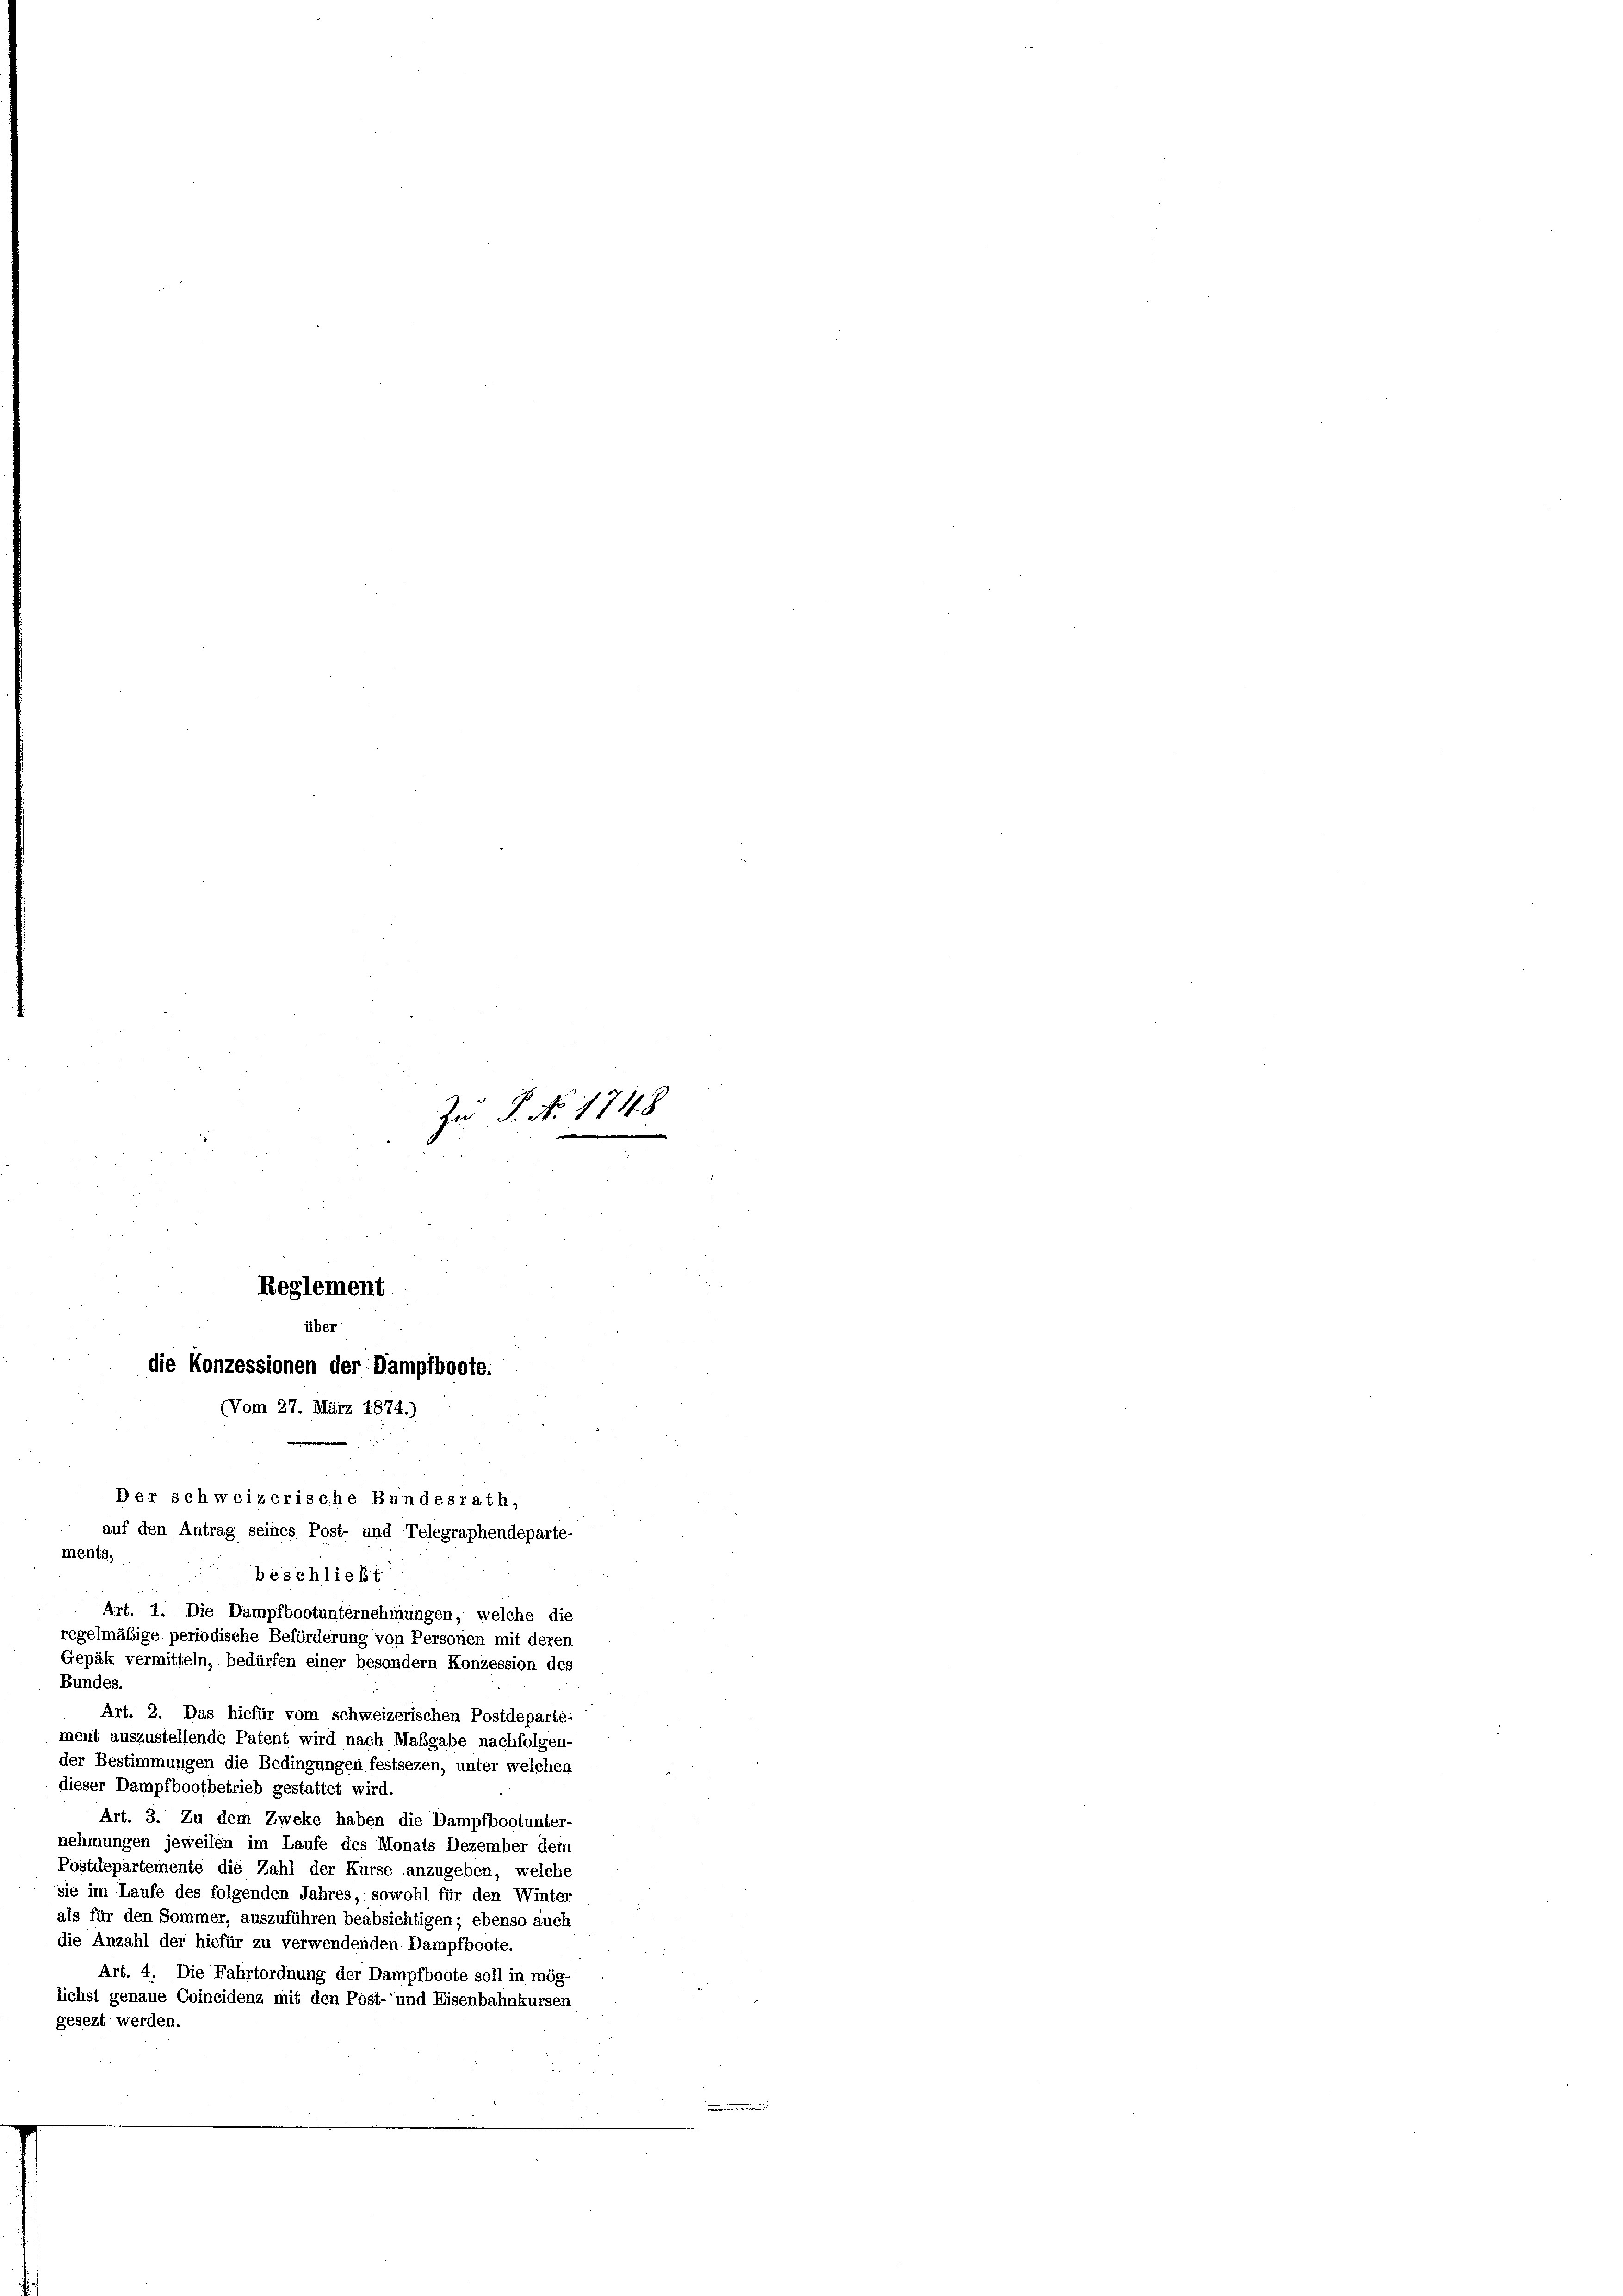
die Konzessionen der Dampfboote.
(Vom 27. März 1874.)
Der schweizerische Bundesrath,
auf den Antrag seines Post- und Telegraphendeparte-
ments, beschließt

Art. 1. Die Dampfbootunternehmungen, welche die
regelmäßige periodische Beförderung von Personen mit deren
Gepäk vermitteln, bedürfen einer besondern Konzession des
Bundes.
Art. 2. Das hiefür vom schweizerischen Postdeparte-

Zu P. No. 1748
u

Reglement
über

ment auszustellende Patent wird nach Maßgabe nachfolgen-
der Bestimmungen die Bedingungen festsezen, unter welchen
dieser Dampfbootbetrieb gestattet wird.
Art. 3. Zu dem Zweke haben die Dampfbootunter-
nehmungen jeweilen im Laufe des Monats Dezember dem
Postdepartemente die Zahl der Kurse anzugeben, welche
sie im Laufe des folgenden Jahres, sowohl für den Winter
als für den Sommer, auszuführen beabsichtigen; ebenso auch
die Anzahl der hiefür zu verwendenden Dampfboote.
Art. 4. Die Fahrtordnung der Dampfboote soll in mög-
lichst genaue Coincidenz mit den Post- und Eisenbahnkursen
gesezt werden